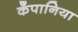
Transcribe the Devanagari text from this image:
कँपानिया